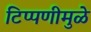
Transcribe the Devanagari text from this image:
टिप्पणीमुळे